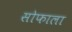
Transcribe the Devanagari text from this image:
सोफाला